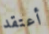
أعتقد